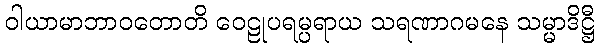
ဝါယာမာဘာဝတောတိ ဝေဠုပရမ္ပရာယ သရဏာဂမနေ သမ္မာဒိဋ္ဌီ